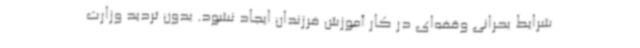
شرایط بحرانی وقفه‌ای در کار آموزش فرزندان ایجاد نشود. بدون تردید وزارت